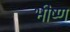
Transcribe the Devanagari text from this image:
भीष्ण